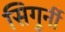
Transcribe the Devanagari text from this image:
सिगुर्नी